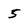
Character: 5